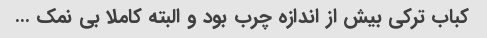
کباب ترکی بیش از اندازه چرب بود و البته کاملا بی نمک …